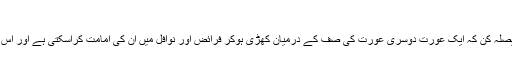
(بذل المجھور: ج۱ص۳۳۱)
مندرجہ بالاسات روایت بحثیت مجموعی اس مسئلہ میں مضبوط ترین دلیل اور فیصلہ کن کہ ایک عورت دوسری عورت کی صف کے درمیان کھڑی ہوکر فرائض اور نوافل میں ان کی امامت کراسکتی ہے اور اس کی امامت بلاشبہ صحیح اور رسول اللہﷺ کے فرمان کے مطابق عین سنت ہے۔